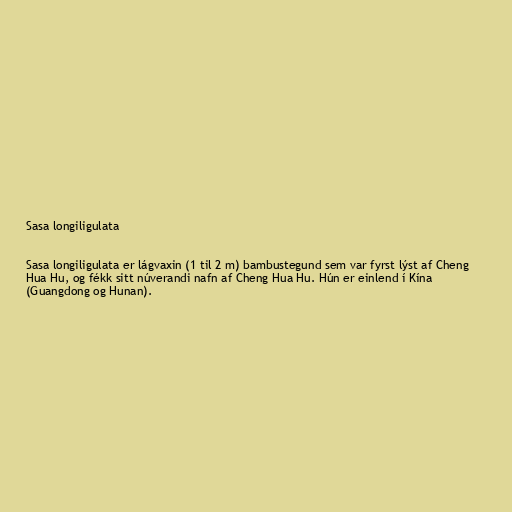
Sasa longiligulata

Sasa longiligulata er lágvaxin (1 til 2 m) bambustegund sem var fyrst lýst af Cheng
Hua Hu, og fékk sitt núverandi nafn af Cheng Hua Hu. Hún er einlend í Kína
(Guangdong og Hunan).